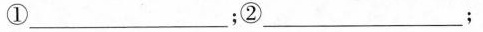
①___；②___；